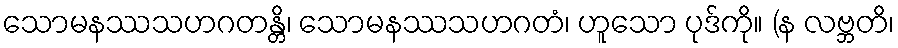
သောမနဿသဟဂတန္တိ၊ သောမနဿသဟဂတံ၊ ဟူသော ပုဒ်ကို။ (န လဗ္ဘတိ၊